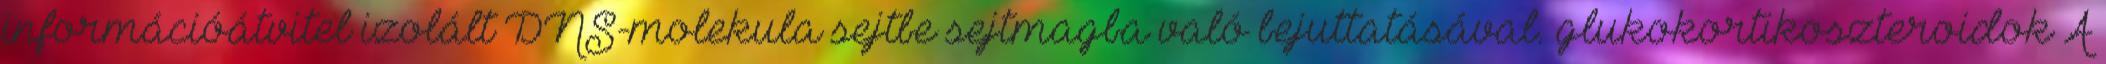
információátvitel izolált DNS-molekula sejtbe sejtmagba való bejuttatásával. glukokortikoszteroidok A